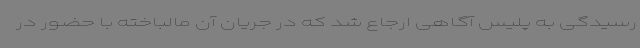
رسیدگی به پلیس آگاهی ارجاع شد که در جریان آن مالباخته با حضور در